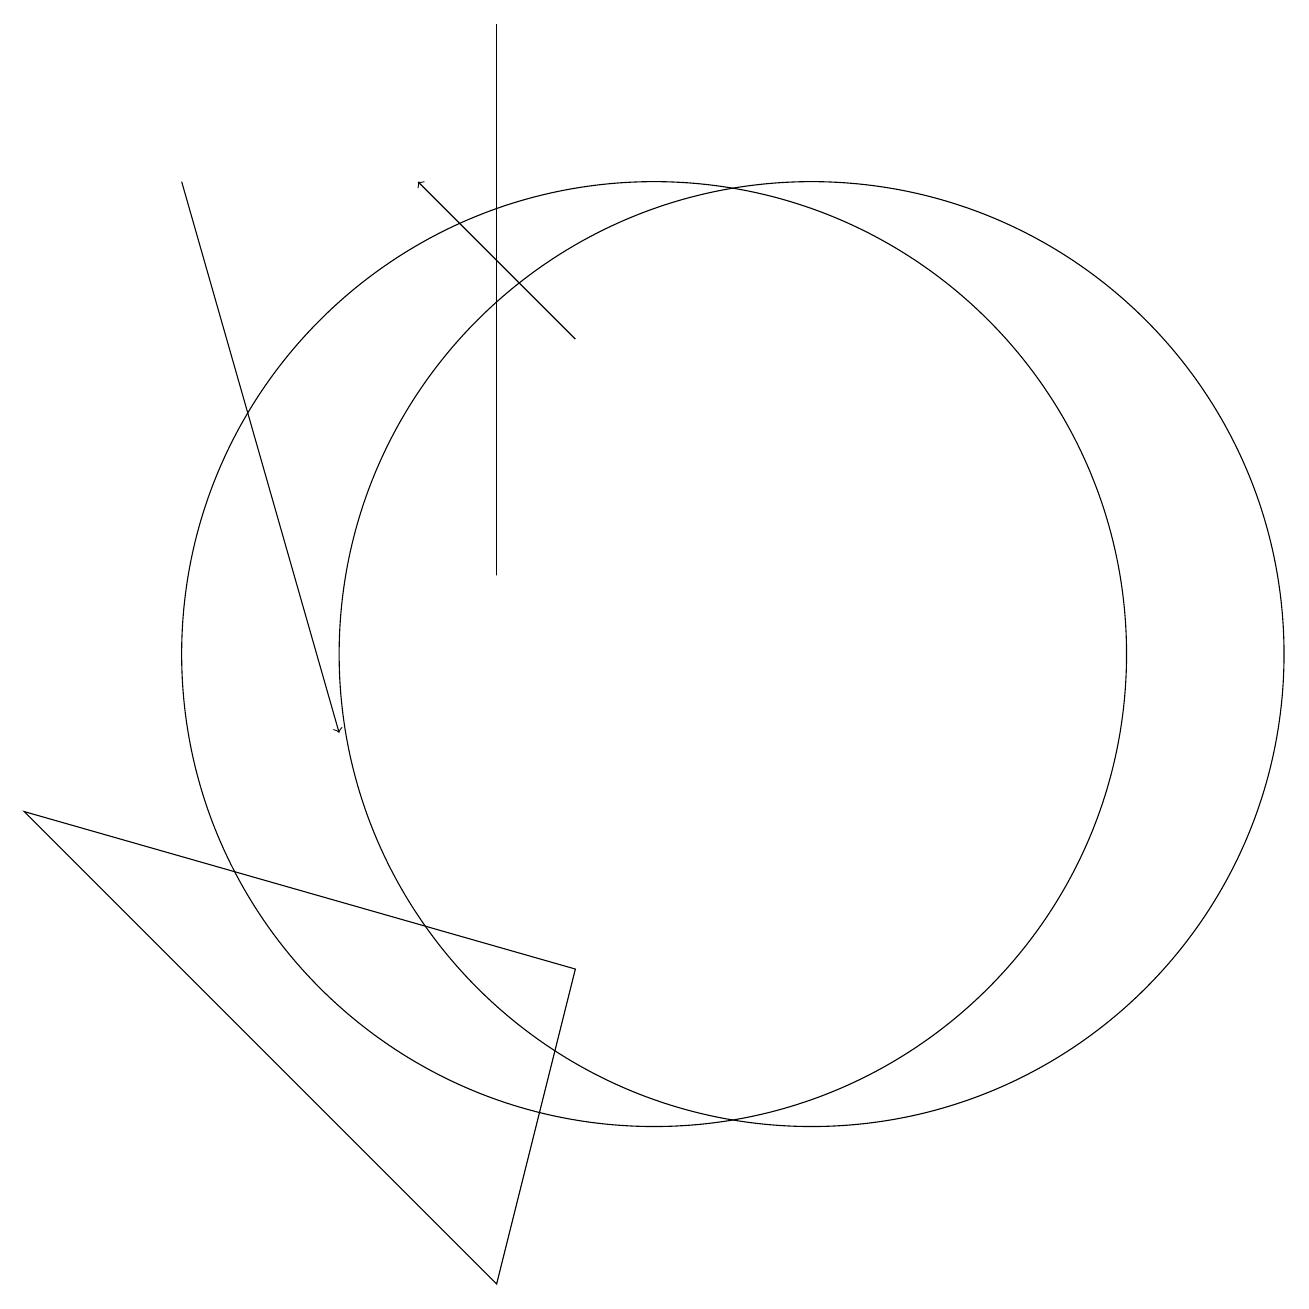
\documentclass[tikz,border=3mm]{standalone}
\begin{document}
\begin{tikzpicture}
\draw[->] (4,17) -- (6,10);
\draw (10,11) circle (6);
\draw (9,7) -- (2,9) -- (8,3) -- cycle;
\draw (12,11) circle (6);
\draw (8,12) rectangle (8,19);
\draw[->] (9,15) -- (7,17);
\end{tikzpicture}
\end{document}